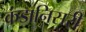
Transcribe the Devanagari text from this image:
कंडानिसरी